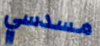
مسدسي